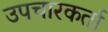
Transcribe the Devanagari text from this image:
उपचारकर्ता